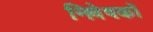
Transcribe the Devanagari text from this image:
निवेषकों